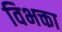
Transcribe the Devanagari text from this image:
विभक्ता